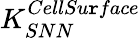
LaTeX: K_{SNN}^{CellSu\mathtt{r}face}